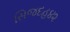
સિજદહ૪૨